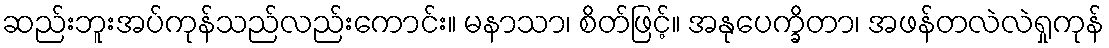
ဆည်းဘူးအပ်ကုန်သည်လည်းကောင်း။ မနာသာ၊ စိတ်ဖြင့်။ အနုပေက္ခိတာ၊ အဖန်တလဲလဲရှုကုန်